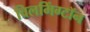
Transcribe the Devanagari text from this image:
विलमिंग्टॉन